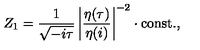
Z _ { 1 } = \frac { 1 } { \sqrt { - i \tau } } \left| \frac { \eta ( \tau ) } { \eta ( i ) } \right| ^ { - 2 } \cdot \mathrm { c o n s t . } ,